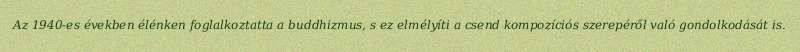
Az 1940-es években élénken foglalkoztatta a buddhizmus, s ez elmélyíti a csend kompozíciós szerepéről való gondolkodását is.